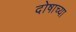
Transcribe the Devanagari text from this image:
दोषाच्या